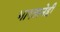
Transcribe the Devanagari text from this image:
भारतानेही